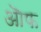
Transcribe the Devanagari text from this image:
ऒफ